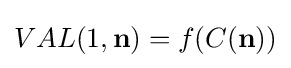
VAL(1,\mathbf {n} )=f(C(\mathbf {n} ))